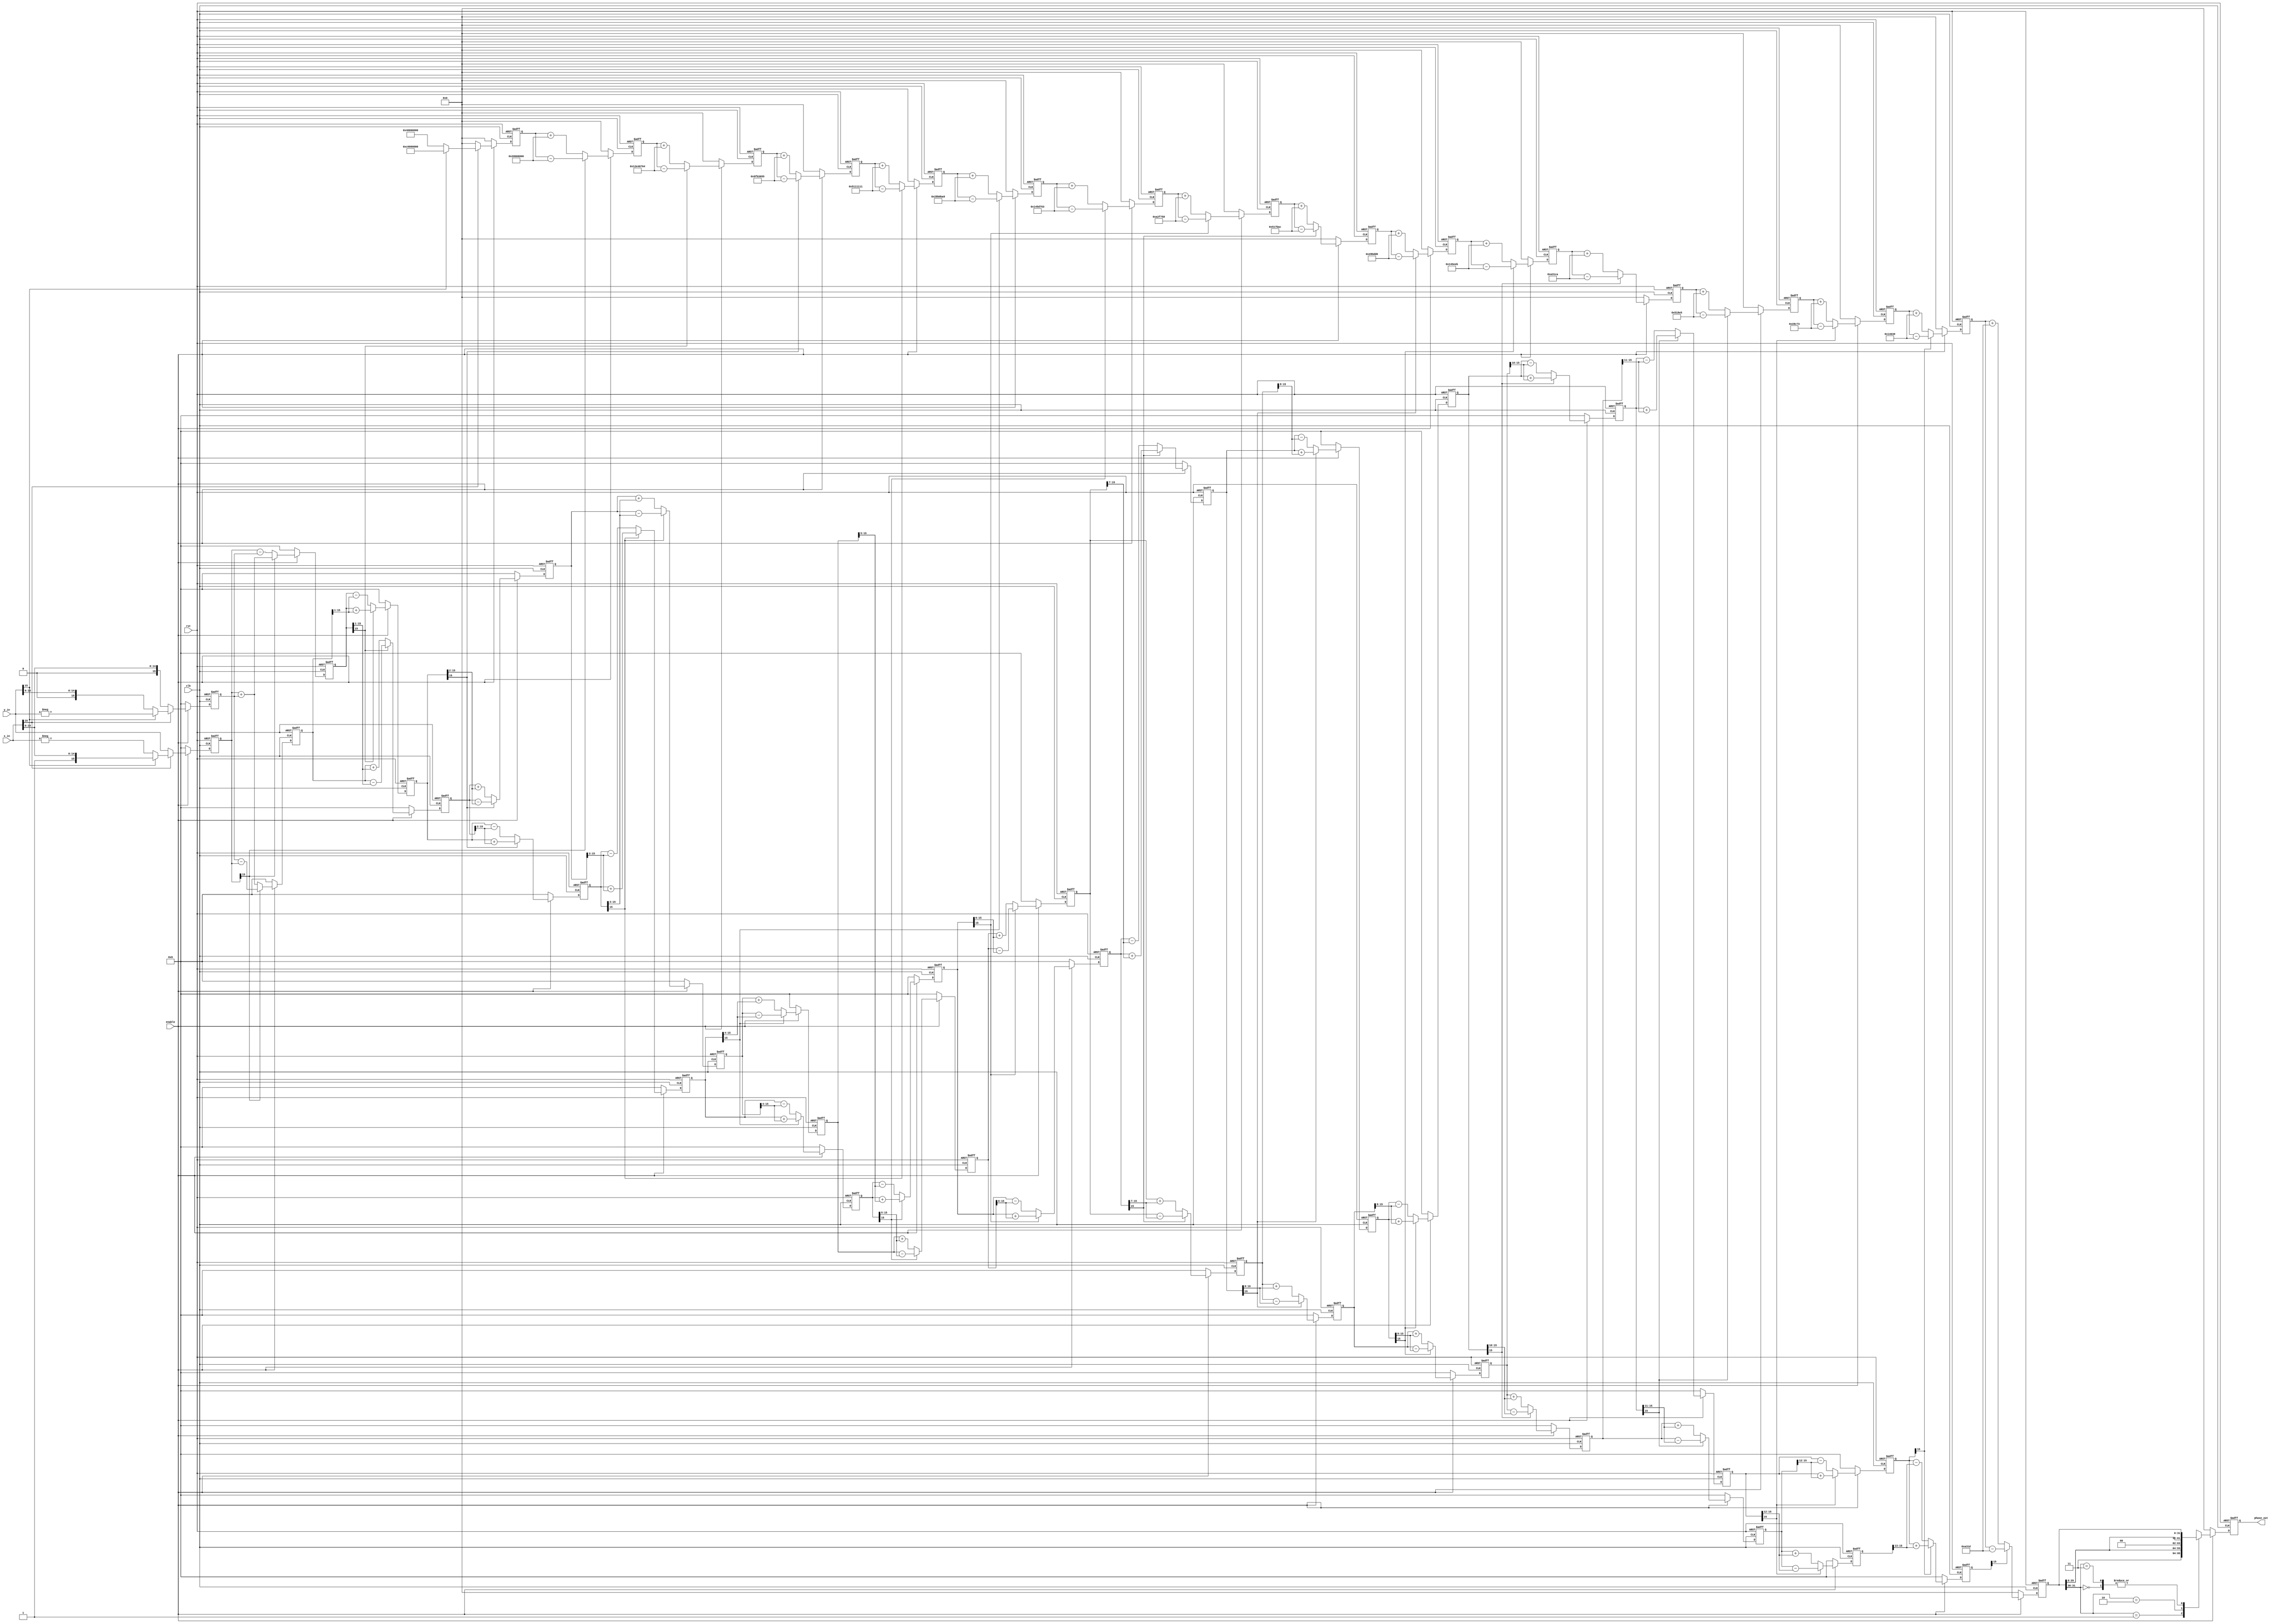
module cordic_v(clk,rst,enable,x_in,y_in,phase_out);
parameter WIDTH=16;
input clk,rst,enable;
input [WIDTH-1:0] x_in,y_in;
output reg signed [31:0] phase_out;  //
reg signed [WIDTH-1:0] x0,y0;   //
reg signed [WIDTH-1:0] x1,y1;
reg signed [WIDTH-1:0] x2,y2;
reg signed [WIDTH-1:0] x3,y3;
reg signed [WIDTH-1:0] x4,y4;
reg signed [WIDTH-1:0] x5,y5;
reg signed [WIDTH-1:0] x6,y6;
reg signed [WIDTH-1:0] x7,y7;
reg signed [WIDTH-1:0] x8,y8;
reg signed [WIDTH-1:0] x9,y9;
reg signed [WIDTH-1:0] x10,y10;
reg signed [WIDTH-1:0] x11,y11;
reg signed [WIDTH-1:0] x12,y12;
reg signed [WIDTH-1:0] x13,y13;
reg signed [WIDTH-1:0] x14,y14;
reg signed [WIDTH-1:0] x15,y15;  //15

reg signed [31:0] z0,z1,z2,z3,z4,z5,z6,z7;   //
reg signed [31:0] z8,z9,z10,z11,z12,z13,z14,z15;

always @(posedge clk or negedge rst)
begin
  if(~rst) begin
	x0<=16'h0;
	y0<=0;
	z0<=0;
  end
  else begin 
	if (enable) begin
		if(x_in[15]==1'b0) begin  //[-99.999.9]
			x0<=x_in;
			y0<=y_in ;
			z0<=32'h0;
		end                    //(x,y)0
		else if(y_in[15]==0) begin
			x0<=y_in;
			y0<=(-x_in) ;
			z0<=32'h4000_0000;
		end            //(x,y)90
		else begin
			x0<=-(y_in);
			y0<=x_in;
			z0<=-32'h4000_0000;
		end              //(x,y)-90
	end
	else begin
		x0<=16'h0;
		y0<=0;
		z0<=0;
	end
  end   
end
always @(posedge clk or negedge rst)
begin
	if(~rst) begin
		x1<=0;
		y1<=0;
		z1<=0;
	end
	
	else begin  
		if(enable) begin
			if(y0[15]==1) begin
				x1<=x0-y0;
				y1<=y0+x0;
			z1<=z0-32'h2000_0000;
			end          
			else begin
				x1<=x0+y0;
				y1<=y0-x0;
				z1<=z0+32'h2000_0000;
			end 
		end
		else begin
			x1<=0;
			y1<=0;
			z1<=0;
		end
	end
end
always @(posedge clk or negedge rst)
begin
	if(~rst) begin
		x2<=0;
		y2<=0;
		z2<=0;
	end
	
	else begin  
		if(enable) begin
			if(y1[15]==1) begin
				x2<=x1-(y1 >>> 1);
				y2<=y1+(x1 >>> 1);
				z2<=z1-32'd316933988;
			end          
			else begin
				x2<=x1+(y1 >>> 1);
				y2<=y1-(x1 >>> 1);
				z2<=z1+32'd316933988;
			end 
		end
		else begin
			x2<=0;
			y2<=0;
			z2<=0;
		end
	end
end
always @(posedge clk or negedge rst)
begin
	if(~rst) begin
		x3<=0;
		y3<=0;
		z3<=0;
	end
	
	else begin  
		if(enable) begin
			if(y2[15]==1) begin
				x3<=x2-(y2 >>> 2);
				y3<=y2+(x2 >>> 2);
				z3<=z2-32'd167458389;
			end          
			else begin
				x3<=x2+(y2 >>> 2);
				y3<=y2-(x2 >>> 2);
				z3<=z2+32'd167458389;
			end 
		end
		else begin
			x3<=0;
			y3<=0;
			z3<=0;
		end
	end
end
always @(posedge clk or negedge rst)
begin
	if(~rst) begin
		x4<=0;
		y4<=0;
		z4<=0;
	end
	
	else begin  
		if(enable) begin
			if(y3[15]==1) begin
				x4<=x3-(y3 >>> 3);
				y4<=y3+(x3 >>> 3);
				z4<=z3-32'd85004561;
			end          
			else begin
				x4<=x3+(y3 >>> 3);
				y4<=y3-(x3 >>> 3);
				z4<=z3+32'd85004561;
			end 
		end
		else begin
			x4<=0;
			y4<=0;
			z4<=0;
		end
	end
end
always @(posedge clk or negedge rst)
begin
	if(~rst) begin
		x5<=0;
		y5<=0;
		z5<=0;
	end
	
	else begin  
		if(enable) begin
			if(y4[15]==1) begin
				x5<=x4-(y4 >>> 4);
				y5<=y4+(x4 >>> 4);
				z5<=z4-32'd42666921;
			end          
			else begin
				x5<=x4+(y4 >>> 4);
				y5<=y4-(x4 >>> 4);
				z5<=z4+32'd42666921;
			end 
		end
		else begin
			x5<=0;
			y5<=0;
			z5<=0;
		end
	end
end
always @(posedge clk or negedge rst)
begin
	if(~rst) begin
		x6<=0;
		y6<=0;
		z6<=0;
	end
	
	else begin  
		if(enable) begin
			if(y5[15]==1) begin
				x6<=x5-(y5 >>> 5);
				y6<=y5+(x5 >>> 5);
				z6<=z5-32'd21354339;
			end          
			else begin
				x6<=x5+(y5 >>> 5);
				y6<=y5-(x5 >>> 5);
				z6<=z5+32'd21354339;
			end 
		end
		else begin
			x6<=0;
			y6<=0;
			z6<=0;
		end
	end
end
always @(posedge clk or negedge rst)
begin
	if(~rst) begin
		x7<=0;
		y7<=0;
		z7<=0;
	end
	
	else begin  
		if(enable) begin
			if(y6[15]==1) begin
				x7<=x6-(y6 >>> 6);
				y7<=y6+(x6 >>> 6);
				z7<=z6-32'd10680152;
			end          
			else begin
				x7<=x6+(y6 >>> 6);
				y7<=y6-(x6 >>> 6);
				z7<=z6+32'd10680152;
			end 
		end
		else begin
			x7<=0;
			y7<=0;
			z7<=0;
		end
	end
end
always @(posedge clk or negedge rst)
begin
	if(~rst) begin
		x8<=0;
		y8<=0;
		z8<=0;
	end
	
	else begin  
		if(enable) begin
			if(y7[15]==1) begin
				x8<=x7-(y7 >>> 7);
				y8<=y7+(x7 >>> 7);
				z8<=z7-32'd5340076;
			end          
			else begin
				x8<=x7+(y7 >>> 7);
				y8<=y7-(x7 >>> 7);
				z8<=z7+32'd5340076;
			end 
		end
		else begin
			x8<=0;
			y8<=0;
			z8<=0;
		end
	end
end
always @(posedge clk or negedge rst)
begin
	if(~rst) begin
		x9<=0;
		y9<=0;
		z9<=0;
	end
	
	else begin  
		if(enable) begin
			if(y8[15]==1) begin
				x9<=x8-(y8 >>> 8);
				y9<=y8+(x8 >>> 8);
				z9<=z8-32'd2670038;
			end          
			else begin
				x9<=x8+(y8 >>> 8);
				y9<=y8-(x8 >>> 8);
				z9<=z8+32'd2670038;
			end 
		end
		else begin
			x9<=0;
			y9<=0;
			z9<=0;
		end
	end
end
always @(posedge clk or negedge rst)
begin
	if(~rst) begin
		x10<=0;
		y10<=0;
		z10<=0;
	end
	
	else begin  
		if(enable) begin
			if(y9[15]==1) begin
				x10<=x9-(y9 >>> 9);
				y10<=y9+(x9 >>> 9);
				z10<=z9-32'd1335019;
			end          
			else begin
				x10<=x9+(y9 >>> 9);
				y10<=y9-(x9 >>> 9);
				z10<=z9+32'd1335019;
			end 
		end
		else begin
			x10<=0;
			y10<=0;
			z10<=0;
		end
	end
end
always @(posedge clk or negedge rst)
begin
	if(~rst) begin
		x11<=0;
		y11<=0;
		z11<=0;
	end
	
	else begin  
		if(enable) begin
			if(y10[15]==1) begin
				x11<=x10-(y10 >>> 10);
				y11<=y10+(x10 >>> 10);
				z11<=z10-32'd668106;
			end          
			else begin
				x11<=x10+(y10 >>> 10);
				y11<=y10-(x10 >>> 10);
				z11<=z10+32'd668106;
			end 
		end
		else begin
			x11<=0;
			y11<=0;
			z11<=0;
		end
	end
end
always @(posedge clk or negedge rst)
begin
	if(~rst) begin
		x12<=0;
		y12<=0;
		z12<=0;
	end
	
	else begin  
		if(enable) begin
			if(y11[15]==1) begin
				x12<=x11-(y11 >>> 11);
				y12<=y11+(x11 >>> 11);
				z12<=z11-32'd334053;
			end          
			else begin
				x12<=x11+(y11 >>> 11);
				y12<=y11-(x11 >>> 11);
				z12<=z11+32'd334053;
			end 
		end
		else begin
			x12<=0;
			y12<=0;
			z12<=0;
		end
	end
end
always @(posedge clk or negedge rst)
begin
	if(~rst) begin
		x13<=0;
		y13<=0;
		z13<=0;
	end
	
	else begin  
		if(enable) begin
			if(y12[15]==1) begin
				x13<=x12-(y12 >>> 12);
				y13<=y12+(x12 >>> 12);
				z13<=z12-32'd167027;
			end          
			else begin
				x13<=x12+(y12 >>> 12);
				y13<=y12-(x12 >>> 12);
				z13<=z12+32'd167027;
			end 
		end
		else begin
			x13<=0;
			y13<=0;
			z13<=0;
		end
	end
end
always @(posedge clk or negedge rst)
begin
	if(~rst) begin
		x14<=0;
		y14<=0;
		z14<=0;
	end
	
	else begin  
		if(enable) begin
			if(y13[15]==1) begin
				x14<=x13-(y13 >>> 13);
				y14<=y13+(x13 >>> 13);
				z14<=z13-32'd83513;
			end          
			else begin
				x14<=x13+(y13 >>> 13);
				y14<=y13-(x13 >>> 13);
				z14<=z13+32'd83513;
			end 
		end
		else begin
			x14<=0;
			y14<=0;
			z14<=0;
		end
	end
end
always @(posedge clk or negedge rst)
begin
	if(~rst) begin
		x15<=0;
		y15<=0;
		z15<=0;
	end
	
	else begin  
		if(enable) begin
			if(y14[15]==1) begin
				x15<=x14-(y14 >>> 14);
				y15<=y14+(x14 >>> 14);
				z15<=z14-32'd41757;
			end          
			else begin
				x15<=x14+(y14 >>> 14);
				y15<=y14-(x14 >>> 14);
				z15<=z14+332'd41757;
			end 
		end
		else begin
			x15<=0;
			y15<=0;
			z15<=0;
		end
	end
end
always @(posedge clk or negedge rst)
begin
	if(~rst) begin
		phase_out<=0;
	end
	else begin
		if(enable) begin
			case(z15[31:30])
				2'b00: phase_out<=z15;
				2'b01: phase_out<={2'b11,z15[29:0]};
				2'b10: phase_out<={2'b00,z15[29:0]};
				2'b11: phase_out<=z15;
			endcase				
		end
		else begin
			phase_out<=0;
		end
	end
end
endmodule